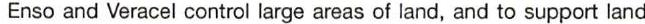
Enso and Veracel control large areas of land, and to support land